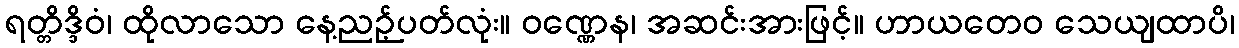
ရတ္တိဒ္ဒိဝံ၊ ထိုလာသော နေ့ညဉ့်ပတ်လုံး။ ဝဏ္ဏေန၊ အဆင်းအားဖြင့်။ ဟာယတေဝ သေယျထာပိ၊